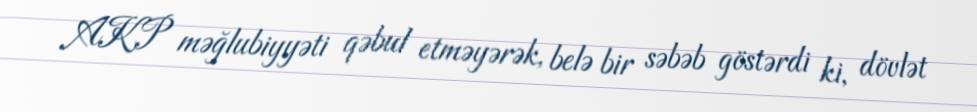
AKP məğlubiyyəti qəbul etməyərək, belə bir səbəb göstərdi ki, dövlət